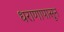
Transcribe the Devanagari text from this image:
धराणापासून